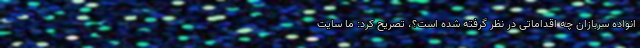
انواده سربازان چه اقداماتی در نظر گرفته شده است؟، تصریح کرد: ما سایت